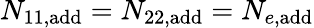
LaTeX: N_{11,{\textrm{add}}}=N_{22,{\textrm{add}}}=N_{e,{\textrm{add}}}